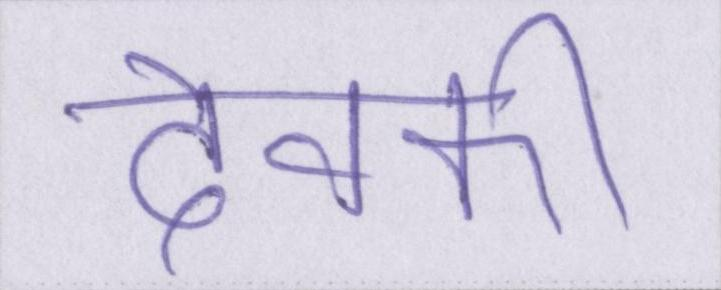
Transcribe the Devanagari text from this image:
देवकी